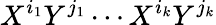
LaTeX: X^{i_{1}}Y^{j_{1}}\cdots X^{i_{k}}Y^{j_{k}}